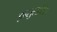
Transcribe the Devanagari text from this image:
इन्सुलारिस